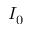
I _ { 0 }